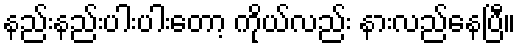
နည်းနည်းပါးပါးတော့ ကိုယ်လည်း နားလည်နေပြီ။